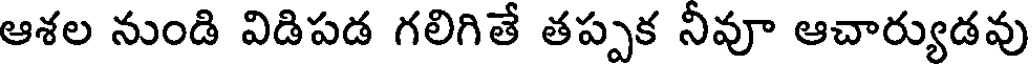
ఆశల నుండి విడిపడ గలిగితే తప్పక నీవూ ఆచార్యుడవు